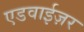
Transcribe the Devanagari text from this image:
एडवाईज़र